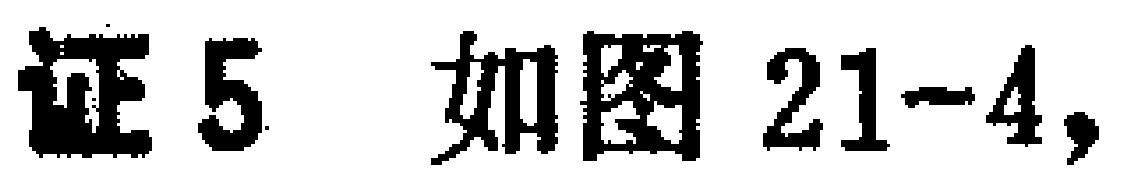
证5 如图21-4,